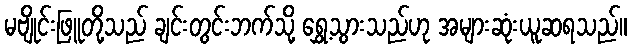
မဗျိုင်းဖြူတို့သည် ချင်းတွင်းဘက်သို့ ရွှေ့သွားသည်ဟု အများဆုံးယူဆရသည်။